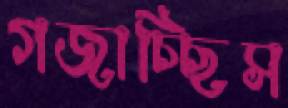
গজাচ্ছিস